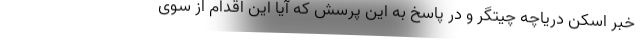
خبرِ اسکن دریاچه چیتگر و در پاسخ به این پرسش که آیا این اقدام از سوی